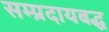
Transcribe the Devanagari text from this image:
सम्प्रदायबद्ध